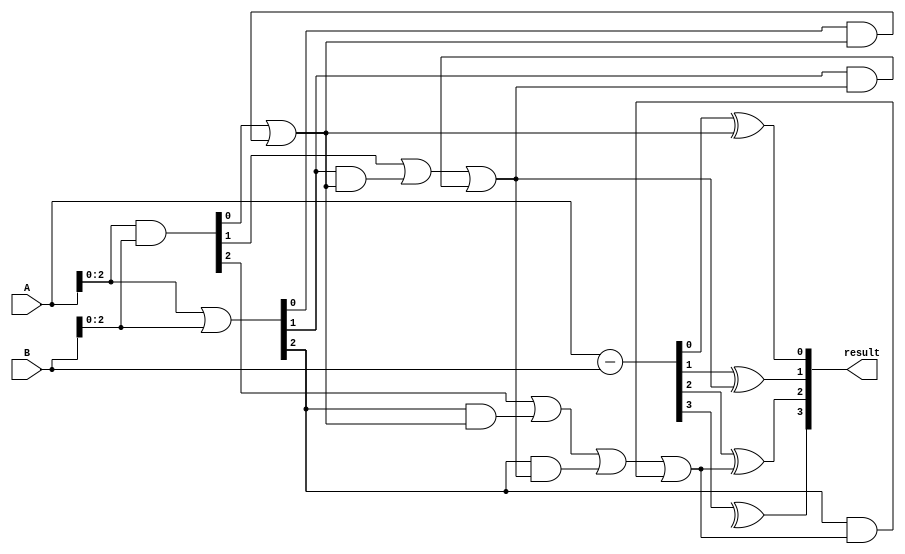
module CLB_Subtractor (
    input [3:0] A,
    input [3:0] B,
    output reg [3:0] result
);

wire [3:0] diff;
wire [2:0] G, P, C;

assign diff = A - B;
assign G = A & B;
assign P = A | B;
assign C[0] = G[0] | (P[0] & C[0]);
assign C[1] = G[1] | (P[1] & C[0]) | (P[1] & C[1]);
assign C[2] = G[2] | (P[2] & C[0]) | (P[2] & C[1]) | (P[2] & C[2]);

always @* begin
    result[0] = diff[0] ^ C[0];
    result[1] = diff[1] ^ C[1];
    result[2] = diff[2] ^ C[2];
    result[3] = diff[3] ^ G[3];
end

endmodule